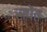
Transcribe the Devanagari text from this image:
स्पेंत